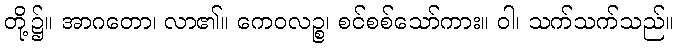
တို့၌။ အာဂတော၊ လာ၏။ ကေဝလဉ္စ၊ စင်စစ်သော်ကား။ ဝါ၊ သက်သက်သည်။